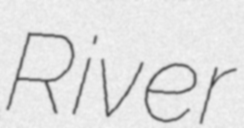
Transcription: River